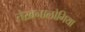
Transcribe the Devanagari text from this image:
तेख़नालोगिया